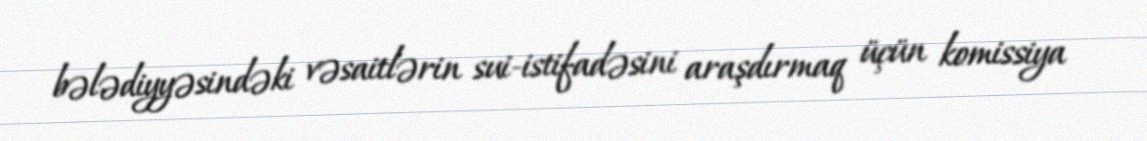
bələdiyyəsindəki vəsaitlərin sui-istifadəsini araşdırmaq üçün komissiya